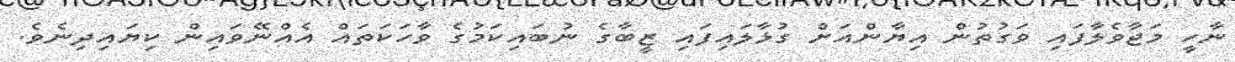
ނާހީ މަޖާވެލާފައި ވަގުތުން އިޔާންއަށް ގުޅާލައިފައި ޒީބާގެ ނުބައިކަމުގެ ވާހަކަތައް އެއްނޭވައިން ކިޔައިދިނެވެ.